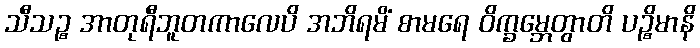
သီသဉ္စ အာတုရီဘူတကာလေပိ အဘိရမိံ စာမရေ ဝိက္ခမ္ဘေတွာတိ ပဉ္စိမာနိ